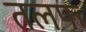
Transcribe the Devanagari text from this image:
तलफ